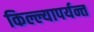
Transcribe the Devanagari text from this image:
किल्ल्यापर्यन्त